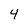
Character: 4